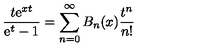
{ \frac { t \mathrm { e } ^ { x t } } { \mathrm { e } ^ { t } - 1 } } = \sum _ { n = 0 } ^ { \infty } B _ { n } ( x ) { \frac { t ^ { n } } { n ! } }